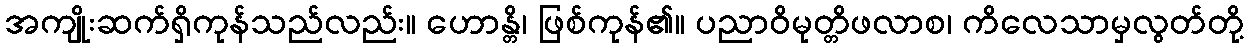
အကျိုးဆက်ရှိကုန်သည်လည်း။ ဟောန္တိ၊ ဖြစ်ကုန်၏။ ပညာဝိမုတ္တိဖလာစ၊ ကိလေသာမှလွတ်တို့